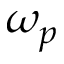
\omega _ { p }